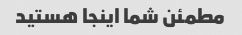
مطمئن شما اینجا هستید